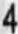
4